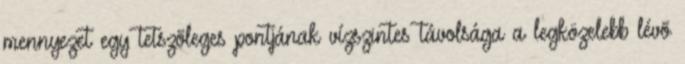
mennyezet egy tetszõleges pontjának vízszintes távolsága a legközelebb lévõ